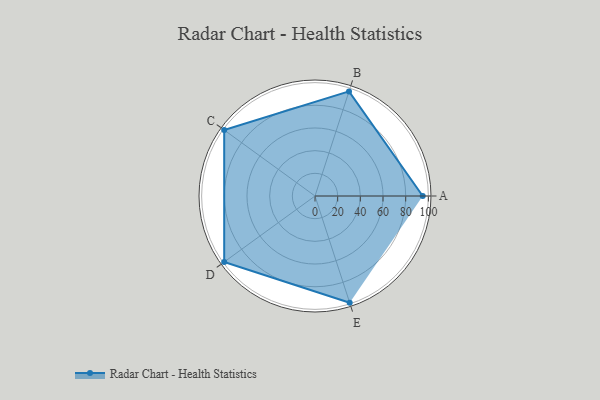
{"axis": {"x": "Skill", "y": "Score"}, "legend": ["Profile"], "data": [{"x": "A", "y": 95.0, "type": "Profile"}, {"x": "B", "y": 97.0, "type": "Profile"}, {"x": "C", "y": 99, "type": "Profile"}, {"x": "D", "y": 99, "type": "Profile"}, {"x": "E", "y": 99, "type": "Profile"}]}